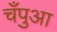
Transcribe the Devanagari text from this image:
चँपुआ